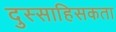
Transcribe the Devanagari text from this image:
दुस्साहिसकता